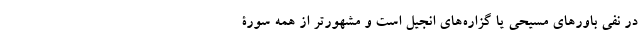
در نفی باورهای مسیحی یا گزاره‌های انجیل است و مشهورتر از همه سورۀ